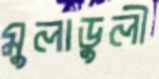
মুলাডুলী